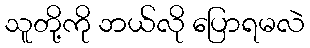
သူတို့ကို ဘယ်လို ပြောရမလဲ